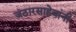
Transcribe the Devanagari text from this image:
जठारसाहेबांनी